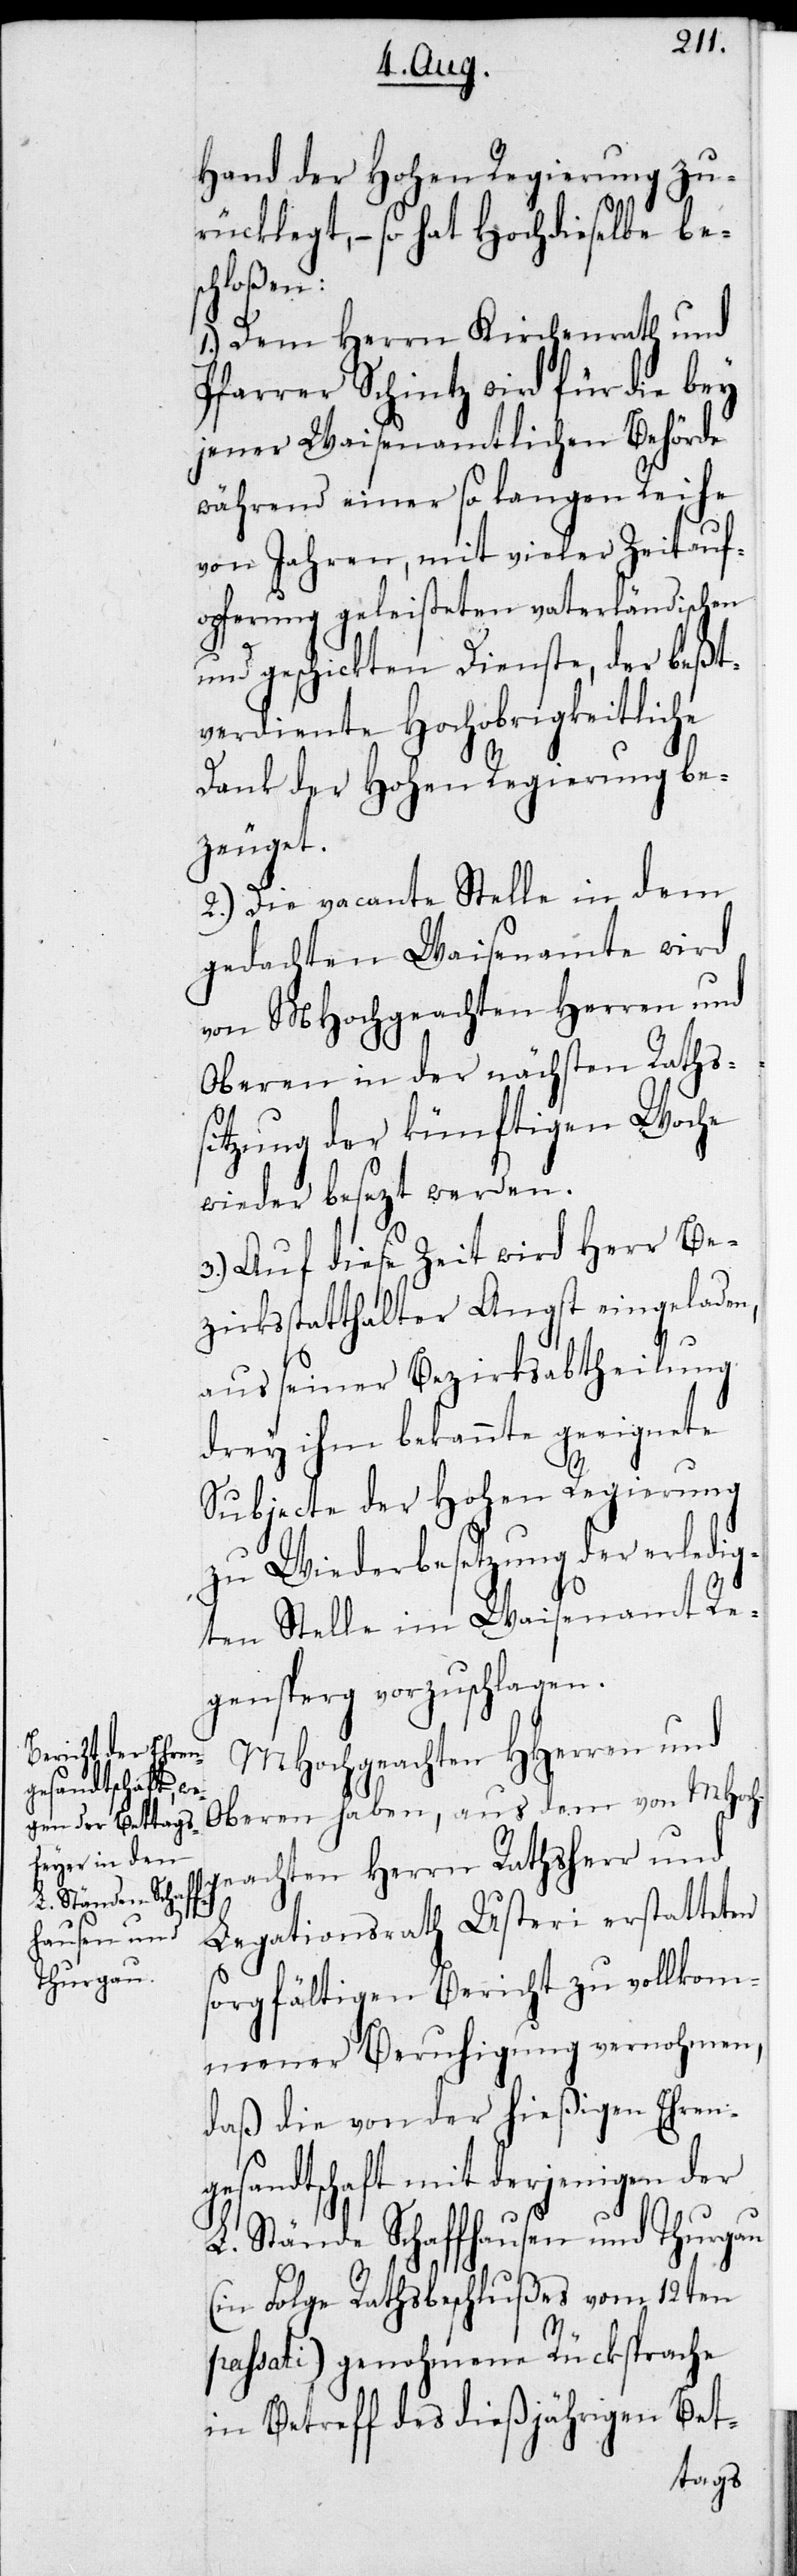
Hand der Hohen Regierung zu¬
rücklegt, – so hat Hochdieselbe be¬
schlossen:
1.) Dem Herrn Kirchenrath und
Pfarrer Schintz wird für die bey
jener Waisenamtlichen Behörde
während einer so langen Reihe
von Jahren, mit vieler Zeitauf¬
opferung geleisteten vaterländischen
und geschickten Dienste, der beßt¬
verdiente Hochobrigkeitliche
Dank der Hohen Regierung be¬
zeuget.
2.) Die vacante Stelle in dem
gedachten Waisenamte wird
von MHochgeachten Herren und
Oberen in der nächsten Rathss¬
itzung der künftigen Woche
wieder besezt werden.
3.) Auf diese Zeit wird Herr Be¬
zirksstatthalter Angst eingeladen,
aus seiner Bezirksabtheilung
drey ihm bekannte geeignete
Subjecte der Hohen Regierung
zu Wiederbesetzung der erledi¬
gten Stelle im Waisenamt Re¬
gensperg vorzuschlagen.
MHochgeachten HHerren und
Oberen haben, aus dem von MHoch¬
geachten Herrn Rathsherr und
Legationsrath Usteri erstatteten
sorgfältigen Bericht zu vollkom¬
mener Beruhigung vernohmen,
daß die von der hießigen Ehren¬
gesandtschaft mit derjenigen der
L. Stände Schaffhausen und Thurgau
(in Folge Rathsbeschlußes vom 12ten
passati) genohmene Rücksprache
in Betreff des dießjährigen Bet-